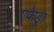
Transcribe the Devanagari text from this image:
एफेड्रा